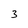
Character: 3